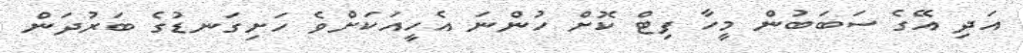
އަދި އޭގެ ސަބަބުން މީހާ ފިޓް ކޮށް ހުންނަ އެހީއަކަށްވެ ހަށިގަނޑުގެ ބަރުދަން